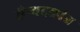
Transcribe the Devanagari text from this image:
सैन्यदलांत